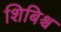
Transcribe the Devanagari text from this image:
शिबिश्च